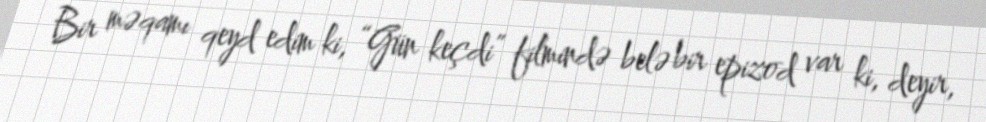
Bir məqamı qeyd edim ki, “Gün keçdi” filmində belə bir epizod var ki, deyir,